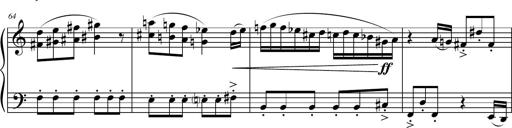
Title: Petite Sonatine
Composer: Richard St. Clair